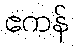
ဧကန်